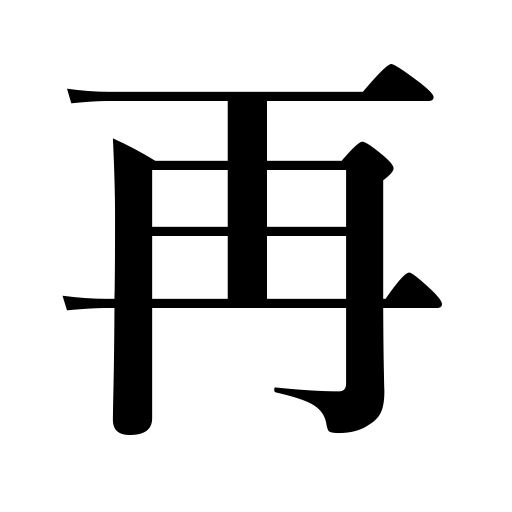
Meanings: again,twice